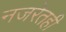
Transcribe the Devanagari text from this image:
नजरेतही